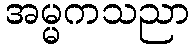
အမ္မကသညာ